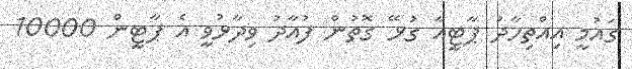
ގައުމީ އިއްތިހާދު ޕާޓީއާ ގުޅޭ ގޮތުން ފުއާދު ވިދާޅުވީ އެ ޕާޓީން 10000